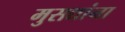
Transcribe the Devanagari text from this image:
मुसद्यांना